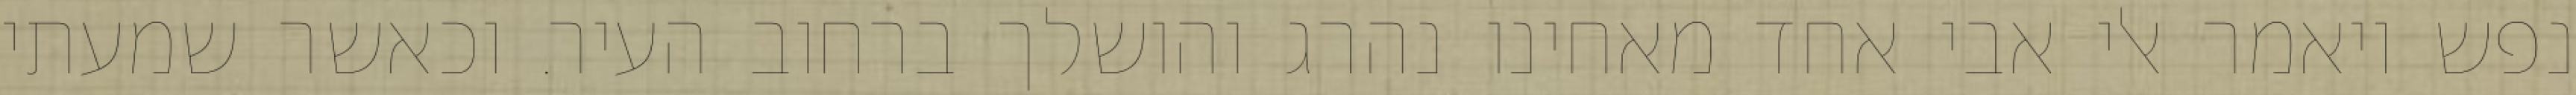
נפש ויאמר אלי אבי אחד מאחינו נהרג והושלך ברחוב העיר. וכאשר שמעתי